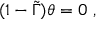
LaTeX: ( 1 - \tilde { \Gamma } ) \theta = 0 \ ,